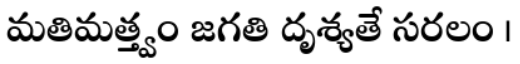
మతిమత్త్వం జగతి దృశ్యతే సరలం ।